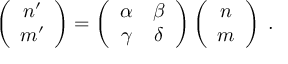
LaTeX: \left( \begin{array} { c } { { n ^ { \prime } } } \\ { { m ^ { \prime } } } \end{array} \right) = \left( \begin{array} { c c } { { \alpha } } & { { \beta } } \\ { { \gamma } } & { { \delta } } \end{array} \right) \left( \begin{array} { c } { { n } } \\ { { m } } \end{array} \right) \; .